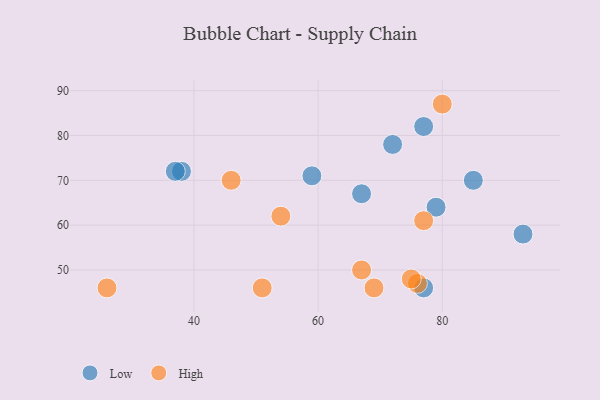
{"axis": {"x": "GDP", "y": "Life Expectancy"}, "legend": ["High", "Low"], "data": [{"x": "38", "y": 72, "type": "Low"}, {"x": "59", "y": 71, "type": "Low"}, {"x": "77", "y": 82, "type": "Low"}, {"x": "85", "y": 70, "type": "Low"}, {"x": "93", "y": 58, "type": "Low"}, {"x": "72", "y": 78, "type": "Low"}, {"x": "37", "y": 72, "type": "Low"}, {"x": "79", "y": 64, "type": "Low"}, {"x": "77", "y": 46, "type": "Low"}, {"x": "67", "y": 67, "type": "Low"}, {"x": "69", "y": 46, "type": "High"}, {"x": "46", "y": 70, "type": "High"}, {"x": "76", "y": 47, "type": "High"}, {"x": "51", "y": 46, "type": "High"}, {"x": "80", "y": 87, "type": "High"}, {"x": "26", "y": 46, "type": "High"}, {"x": "67", "y": 50, "type": "High"}, {"x": "75", "y": 48, "type": "High"}, {"x": "77", "y": 61, "type": "High"}, {"x": "54", "y": 62, "type": "High"}]}